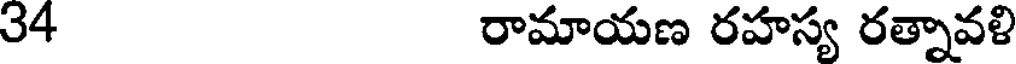
34 రామాయణ రహస్య రత్నావళి